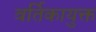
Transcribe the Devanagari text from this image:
वर्तिकायुक्त